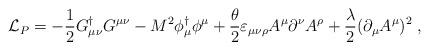
LaTeX: \begin{align*}{\cal L}_P=-\frac12 G^{\dagger}_{\mu\nu} G^{\mu\nu} - M^2 \phi^{\dagger}_{\mu}\phi^\mu + \frac{\theta}{2} \varepsilon_{\mu\nu\rho} A^\mu \partial^\nu A^\rho +\frac{\lambda}{2}(\partial_\mu A^\mu)^2\; ,\end{align*}